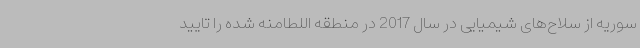
سوریه از سلاح‌های شیمیایی در سال 2017 در منطقه اللطامنه شده را تایید